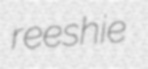
reeshie